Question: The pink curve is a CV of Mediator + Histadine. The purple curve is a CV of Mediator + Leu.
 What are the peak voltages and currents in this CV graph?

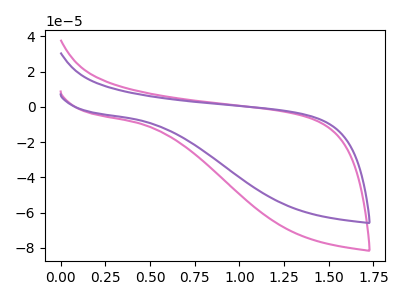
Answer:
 <answer>The pink curve "Mediator + Histadine" has no peaks. The purple curve "Mediator + Leu" has no peaks.</answer>
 <eval></eval>